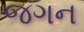
જગન